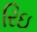
રિઇ